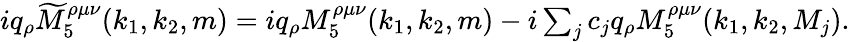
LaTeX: \begin{array}{r}{iq_{\rho}\widetilde{M}_{5}^{\rho\mu\nu}(k_{1},k_{2},m)=iq_{\rho}M_{5}^{\rho\mu\nu}(k_{1},k_{2},m)-i\sum_{j}c_{j}q_{\rho}M_{5}^{\rho\mu\nu}(k_{1},k_{2},M_{j}).}\end{array}